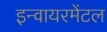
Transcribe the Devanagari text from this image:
इन्वायरमेंटल